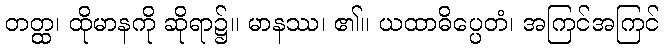
တတ္ထ၊ ထိုမာနကို ဆိုရာ၌။ မာနဿ၊ ၏။ ယထာဓိပ္ပေတံ၊ အကြင်အကြင်